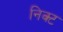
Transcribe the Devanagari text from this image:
निक्ट